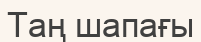
Таң шапағы